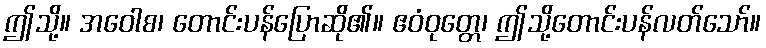
ဤသို့။ အဝေါစ၊ တောင်းပန်ပြောဆို၏။ ဧဝံဝုတ္တေ၊ ဤသို့တောင်းပန်လတ်သော်။